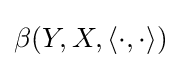
\beta (Y,X,\langle \cdot ,\cdot \rangle )